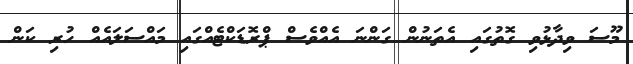
މޫސަ ވިދާޅުވި ގޮތުގައި އެތަނުން ގަންނަ އެއްވެސް ޕްރޮޑަކްޓެއްގައި މައްސަލައެއް ހުރި ކަން